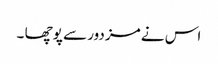
اس نے مزدور سے پوچھا ۔